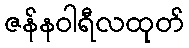
ဇန်နဝါရီလထုတ်